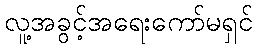
လူ့အခွင့်အရေးကော်မရှင်